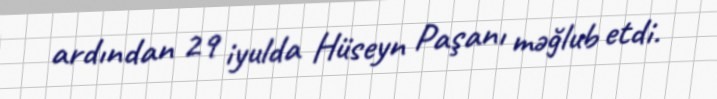
ardından 29 iyulda Hüseyn Paşanı məğlub etdi.